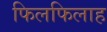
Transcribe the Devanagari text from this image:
फिलफिलाह